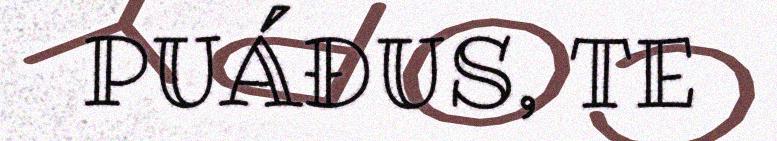
PUÁĐUS, TE